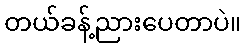
တယ်ခန့်ညားပေတာပဲ။